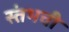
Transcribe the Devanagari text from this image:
स्तंभची